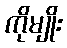
ကိုမျိုး